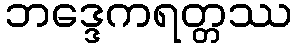
ဘဒ္ဒေကရတ္တဿ